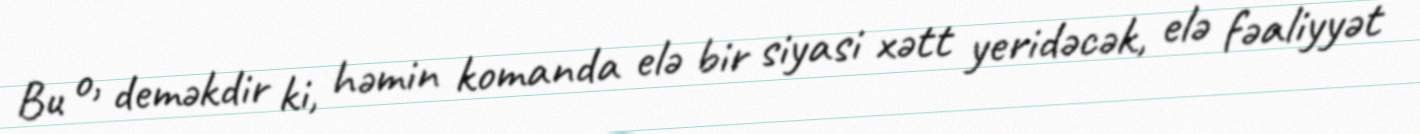
Bu o, deməkdir ki, həmin komanda elə bir siyasi xətt yeridəcək, elə fəaliyyət